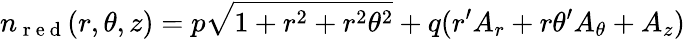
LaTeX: n_{\mathrm{~r~e~d~}}(r,\theta,z)=p\sqrt{1+r^{2}+r^{2}\theta^{2}}+q(r^{\prime}A_{r}+r\theta^{\prime}A_{\theta}+A_{z})